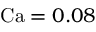
\mathrm { { C a } } = 0 . 0 8